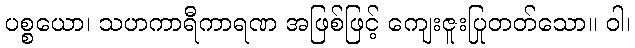
ပစ္စယော၊ သဟကာရီကာရဏ အဖြစ်ဖြင့် ကျေးဇူးပြုတတ်သော။ ဝါ၊